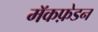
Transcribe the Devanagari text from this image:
मॅकफ़ेडन